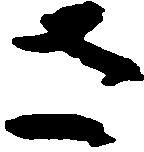
さ